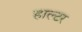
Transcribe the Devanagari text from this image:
हाल्टर